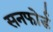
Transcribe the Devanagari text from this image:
सनफोर्ड